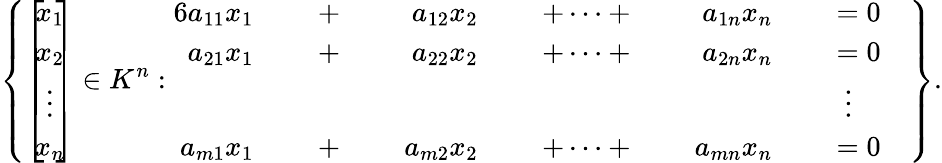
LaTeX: \left\{ \left[\! \! {\begin{array}{c}{x_{1}}\\ {x_{2}}\\ {\vdots}\\ {x_{n}}\end{array}}\! \! \right]\in K^{n}:{\begin{array}{rlrlrlrlrlrl}{{6}a_{11}x_{1}}&{}&{\; +\; }&{}&{a_{12}x_{2}}&{}&{\; +\cdots+\; }&{}&{a_{1n}x_{n}}&{}&{\; =0}&{}\\ {a_{21}x_{1}}&{}&{\; +\; }&{}&{a_{22}x_{2}}&{}&{\; +\cdots+\; }&{}&{a_{2n}x_{n}}&{}&{\; =0}&{}\\ &{}&&{}&&{}&&{}&&{}&{\vdots\quad}&{}\\ {a_{m1}x_{1}}&{}&{\; +\; }&{}&{a_{m2}x_{2}}&{}&{\; +\cdots+\; }&{}&{a_{mn}x_{n}}&{}&{\; =0}&{}\end{array}}\right\} .